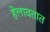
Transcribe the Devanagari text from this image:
हेलावतात